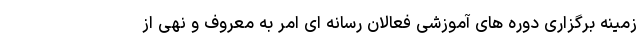
زمینه برگزاری دوره های آموزشی فعالان رسانه ای امر به معروف و نهی از